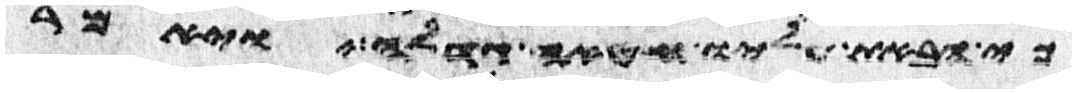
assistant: כי הבאת עליו חטאה גדלה ויאמר